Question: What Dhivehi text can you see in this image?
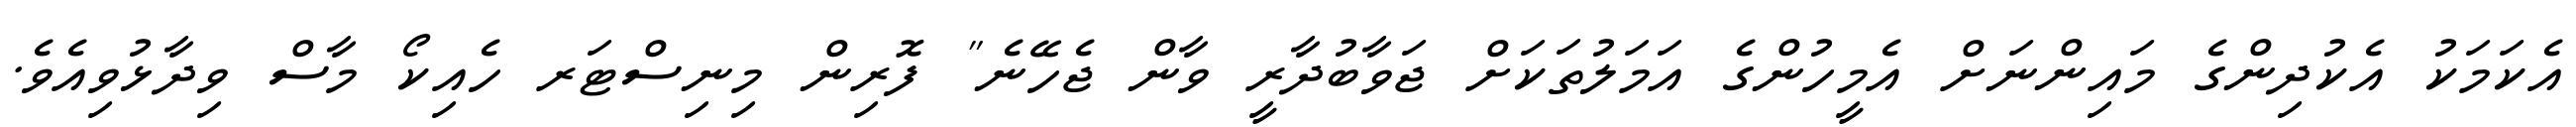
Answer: އެކަމަކު އެކުދިންގެ މައިންނަށް އެމީހުންގެ އަމަލުތަކަށް ޖަވާބުދާރީ ވާން ޖެހޭނެ" ފޮރިން މިނިސްޓަރ ހެއިކޯ މާސް ވިދާޅުވިއެވެ.